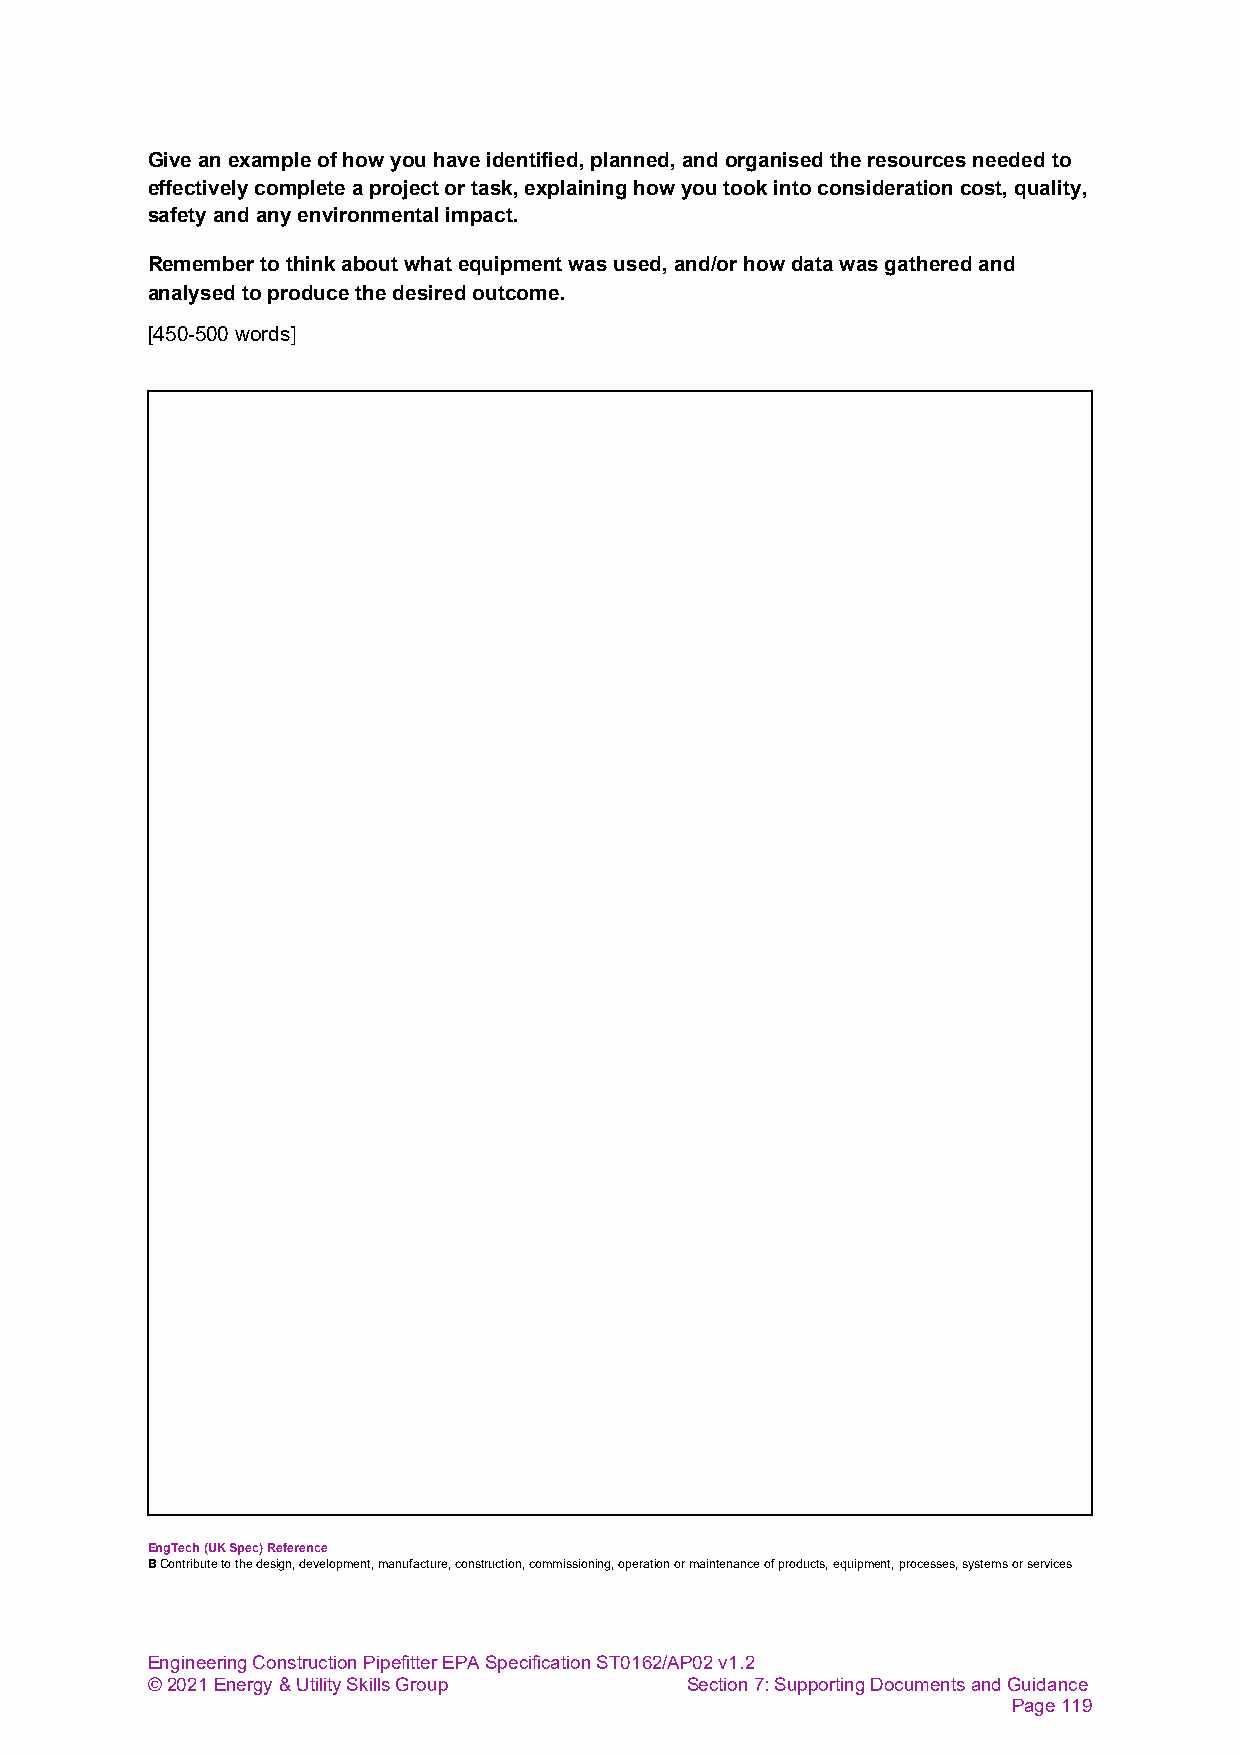
Give an example of how you have identified, planned, and organised the resources needed to
 effectively complete a project or task, explaining how you took into consideration cost, quality,
 safety and any environmental impact.
 Remember to think about what equipment was used, and/or how data was gathered and
 analysed to produce the desired outcome.
 [450-500 words]
 EngTech (UK Spec) Reference
 B Contribute to the design, development, manufacture, construction, commissioning, operation or maintenance of products, equipment, processes, systems or services
 Engineering Construction Pipefitter EPA Specification ST0162/AP02 v1.2
 © 2021 Energy & Utility Skills Group Section 7: Supporting Documents and Guidance
 Page 119